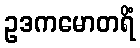
ဥဒကမောတရိံ